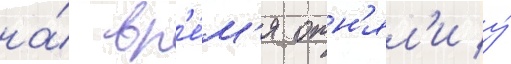
на́ вр'е́м'я отн'ял'и у́